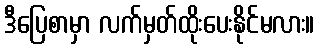
ဒီပြေစာမှာ လက်မှတ်ထိုးပေးနိုင်မလား။